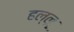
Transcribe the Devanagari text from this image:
हल्लू